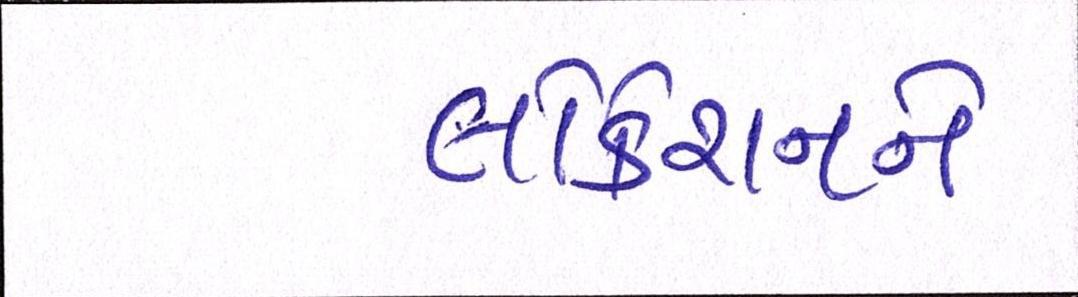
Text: લોકેશનને